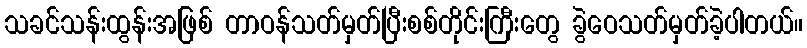
သခင်သန်းထွန်းအဖြစ် တာဝန်သတ်မှတ်ပြီးစစ်တိုင်းကြီးတွေ ခွဲဝေသတ်မှတ်ခဲ့ပါတယ်။